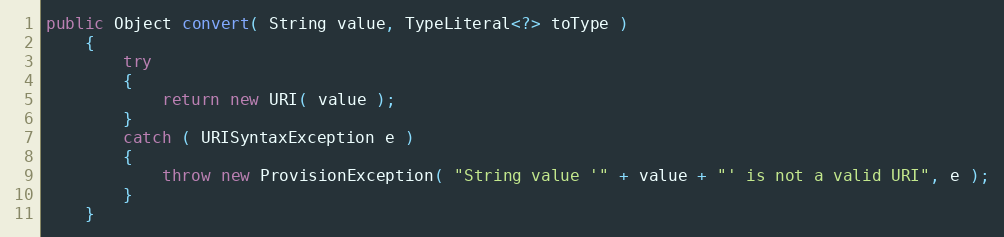
Language: Java
public Object convert( String value, TypeLiteral<?> toType )
    {
        try
        {
            return new URI( value );
        }
        catch ( URISyntaxException e )
        {
            throw new ProvisionException( "String value '" + value + "' is not a valid URI", e );
        }
    }